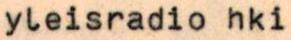
yleisradio hki